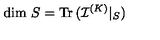
\mathrm { d i m } \ S = \mathrm { T r \thinspace } ( { \mathcal I } ^ { ( K ) } | _ { S } )